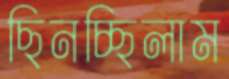
ছিনচ্ছিলাম